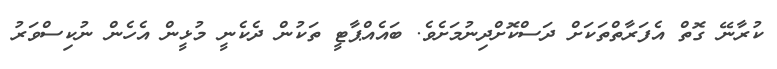
ކުރާނޭ ގޮތް އެފަރާތްތަކަށް ދަސްކޮށްދިނުމަށެވެ. ބައެއްޕާޓީ ތަކުން ދެކެނީ މުޅީން އެހެން ނުކިސްވަރު